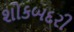
શોકબદરી